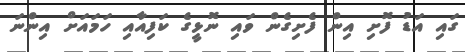
ގައި އަޑު ފޮށި އިން ފެށިގެން ވައި ނޮޅީގެ ކަފިއާއި ހަމައަށް އިންނަ